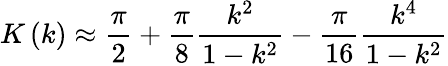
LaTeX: K\left(k\right)\approx{\frac{\pi}{2}}+{\frac{\pi}{8}}{\frac{k^{2}}{1-k^{2}}}-{\frac{\pi}{16}}{\frac{k^{4}}{1-k^{2}}}